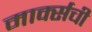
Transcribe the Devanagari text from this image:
मार्क्सची